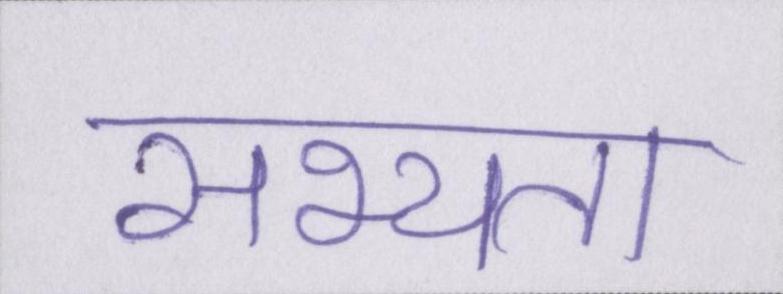
सभ्यता